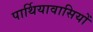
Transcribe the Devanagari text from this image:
पार्थियावासियों